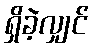
ရှိခဲ့လျှင်